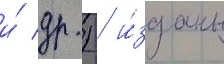
и́ др.) / и́зданы